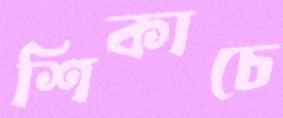
শিকাচে